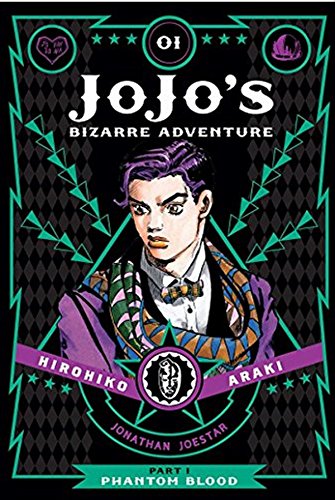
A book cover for JoJo's Bizarre Adventure: Part 1--Phantom Blood, Vol. 1; Hirohiko Araki; Comics & Graphic Novels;